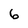
Character: 6